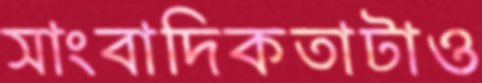
সাংবাদিকতাটাও